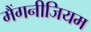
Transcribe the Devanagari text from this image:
मैंगनीजियम